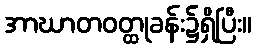
အာဃာတဝတ္ထုခန်း၌ရှိပြီး။